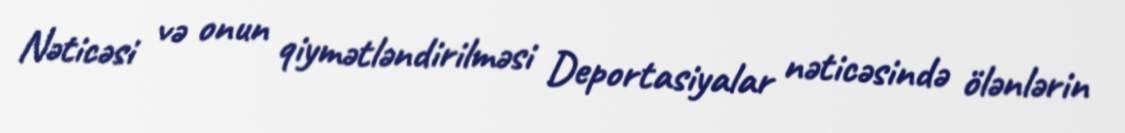
Nəticəsi və onun qiymətləndirilməsi Deportasiyalar nəticəsində ölənlərin